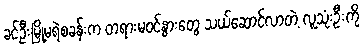
ခင်ဦးမြို့မရဲစခန်းက တရားမဝင်နွားတွေ သယ်ဆောင်လာတဲ့ လူသုံးဦးကို